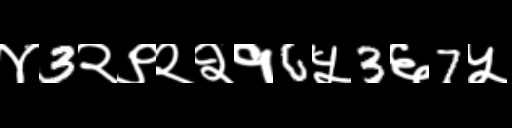
Text: ४3२९२२१6५3६7५